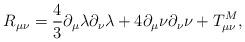
LaTeX: \begin{align*}R_{\mu\nu} = \frac{4}{3} \partial_{\mu}\lambda \partial_{\nu}\lambda+ 4 \partial_{\mu} \nu \partial_{\nu} \nu + T^{M}_{\mu\nu},\end{align*}